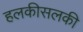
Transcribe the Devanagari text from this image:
हलकीसलकी